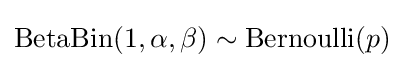
\mathrm {BetaBin} (1,\alpha ,\beta )\sim \mathrm {Bernoulli} (p)